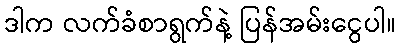
ဒါက လက်ခံစာရွက်နဲ့ ပြန်အမ်းငွေပါ။